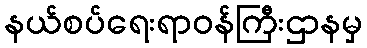
နယ်စပ်ရေးရာဝန်ကြီးဌာနမှ